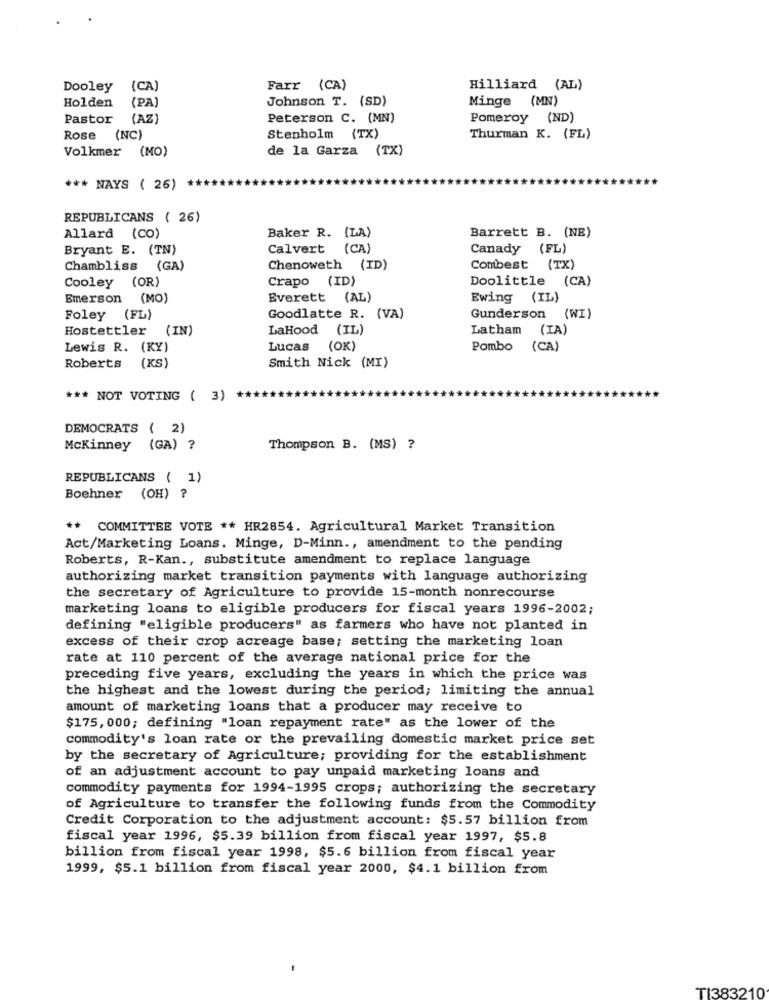
Dooley (CA)
Farr (CA)
Hilliard (AL)
Holden
(PA)
Johnson T. (SD)
Minge (MN)
Pastor
(AZ)
Peterson C. (MN)
Pomeroy (ND)
Rose (NC)
Stenholm (TX)
Thurman K. (FL)
Volkmer (MO)
de la Garza (TX)
*** NAYS ( 26) ****
REPUBLICANS ( 26)
Allard (CO)
Baker R. (LA)
Barrett B. (NE)
Bryant E. (TN)
Calvert (CA)
Canady (FL)
Chambliss (GA)
Chenoweth (ID)
Combest (TX)
Crapo (ID)
Doolittle (CA)
Cooley (OR)
Emerson (MO)
Everett (AL)
Ewing
(IL)
Foley (FL)
Goodlatte R. (VA)
Gunderson (WI)
Hostettler (IN)
LaHood (IL)
Latham
(IA)
Lewis R. (KY)
Lucas
(OK)
Pombo
(CA)
Roberts (KS)
Smith Nick (MI)
*** NOT VOTING ( 3)
DEMOCRATS ( 2)
Mckinney (GA) ?
Thompson B. (MS) ?
REPUBLICANS ( 1)
Boehner (OH) ?
** COMMITTEE VOTE ** HR2854. Agricultural Market Transition
Act/Marketing Loans. Minge, D-Minn ., amendment to the pending
Roberts, R-Kan ., substitute amendment to replace language
authorizing market transition payments with language authorizing
the secretary of Agriculture to provide 15-month nonrecourse
marketing loans to eligible producers for fiscal years 1996-2002;
defining "eligible producers" as farmers who have not planted in
excess of their crop acreage base; setting the marketing loan
rate at 110 percent of the average national price for the
preceding five years, excluding the years in which the price was
the highest and the lowest during the period; limiting the annual
amount of marketing loans that a producer may receive to
$175, 000; defining "loan repayment rate" as the lower of the
commodity's loan rate or the prevailing domestic market price set
by the secretary of Agriculture; providing for the establishment
of an adjustment account to pay unpaid marketing loans and
commodity payments for 1994-1995 crops; authorizing the secretary
of Agriculture to transfer the following funds from the Commodity
Credit Corporation to the adjustment account: $5.57 billion from
fiscal year 1996, $5.39 billion from fiscal year 1997, $5.8
billion from fiscal year 1998, $5.6 billion from fiscal year
1999, $5.1 billion from fiscal year 2000, $4.1 billion from
TI383210